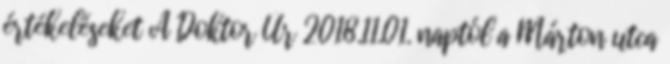
értékeléseket A Doktor Úr 2018.11.01. naptól a Márton utca